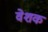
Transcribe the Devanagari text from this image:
वेशक